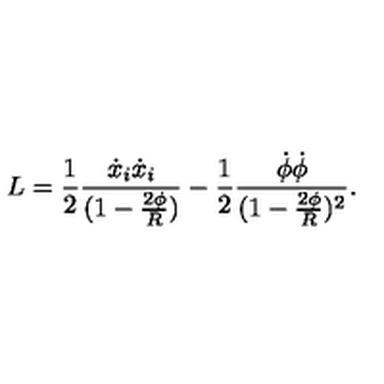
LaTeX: L = { \frac { 1 } { 2 } } { \frac { \dot { x } _ { i } \dot { x } _ { i } } { ( 1 - { \frac { 2 \phi } { R } } ) } } - { \frac { 1 } { 2 } } { \frac { \dot { \phi } \dot { \phi } } { ( 1 - { \frac { 2 \phi } { R } } ) ^ { 2 } } } .